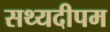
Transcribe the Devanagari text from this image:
सथ्यदीपम